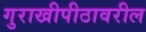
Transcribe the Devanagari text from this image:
गुराखीपीठावरील